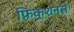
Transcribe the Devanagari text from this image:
फ़िक्शनस